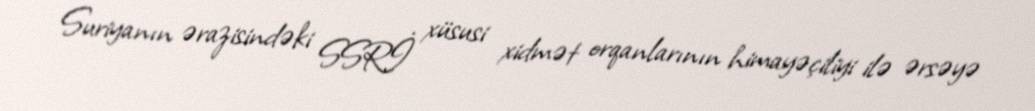
Suriyanın ərazisindəki SSRİ xüsusi xidmət orqanlarının himayəçiliyi ilə ərsəyə